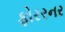
ફોરરનર